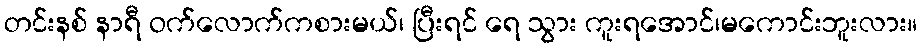
တင်းနစ် နာရီ ဝက်လောက်ကစားမယ်၊ ပြီးရင် ရေ သွား ကူးရအောင်၊မကောင်းဘူးလား။